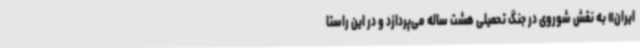
ایران» به نقش شوروی در جنگ تحمیلی هشت ساله می‌پردازد و در این راستا